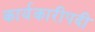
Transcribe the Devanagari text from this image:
कार्यकारीपदी